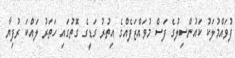
ފުވައްމުލަކު ކައުންސިލުގެ ފަސް މުވައްޒަފެއްގެ އިތުރު ގަޑީގެ ގޮތުގައި ހަތަރު ލައްކަ ރުފިޔާ